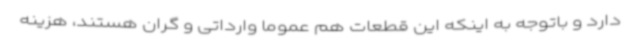
دارد و باتوجه به اینکه این قطعات هم عموما وارداتی و گران هستند، هزینه